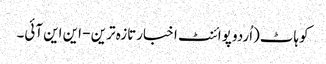
کوہاٹ(اُردو پوائنٹ اخبارتازہ ترین - این این آئی۔